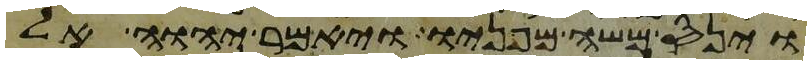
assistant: וינס משה מפניו ויאמר יהוה אל